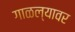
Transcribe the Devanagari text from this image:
गाळल्यावर